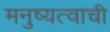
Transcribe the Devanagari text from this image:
मनुष्यत्वाची